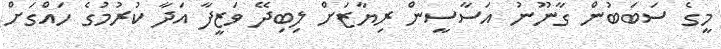
މީގެ ސަބަބުން ގާނޫނު އަސާސީން ރިޔާޒަށް ލިބިދޭ ވަޒީފާ އަދާ ކުރުމުގެ ހައްގަށް